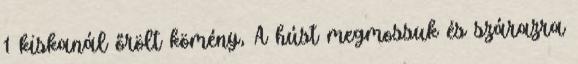
1 kiskanál őrölt kömény, A húst megmossuk és szárazra